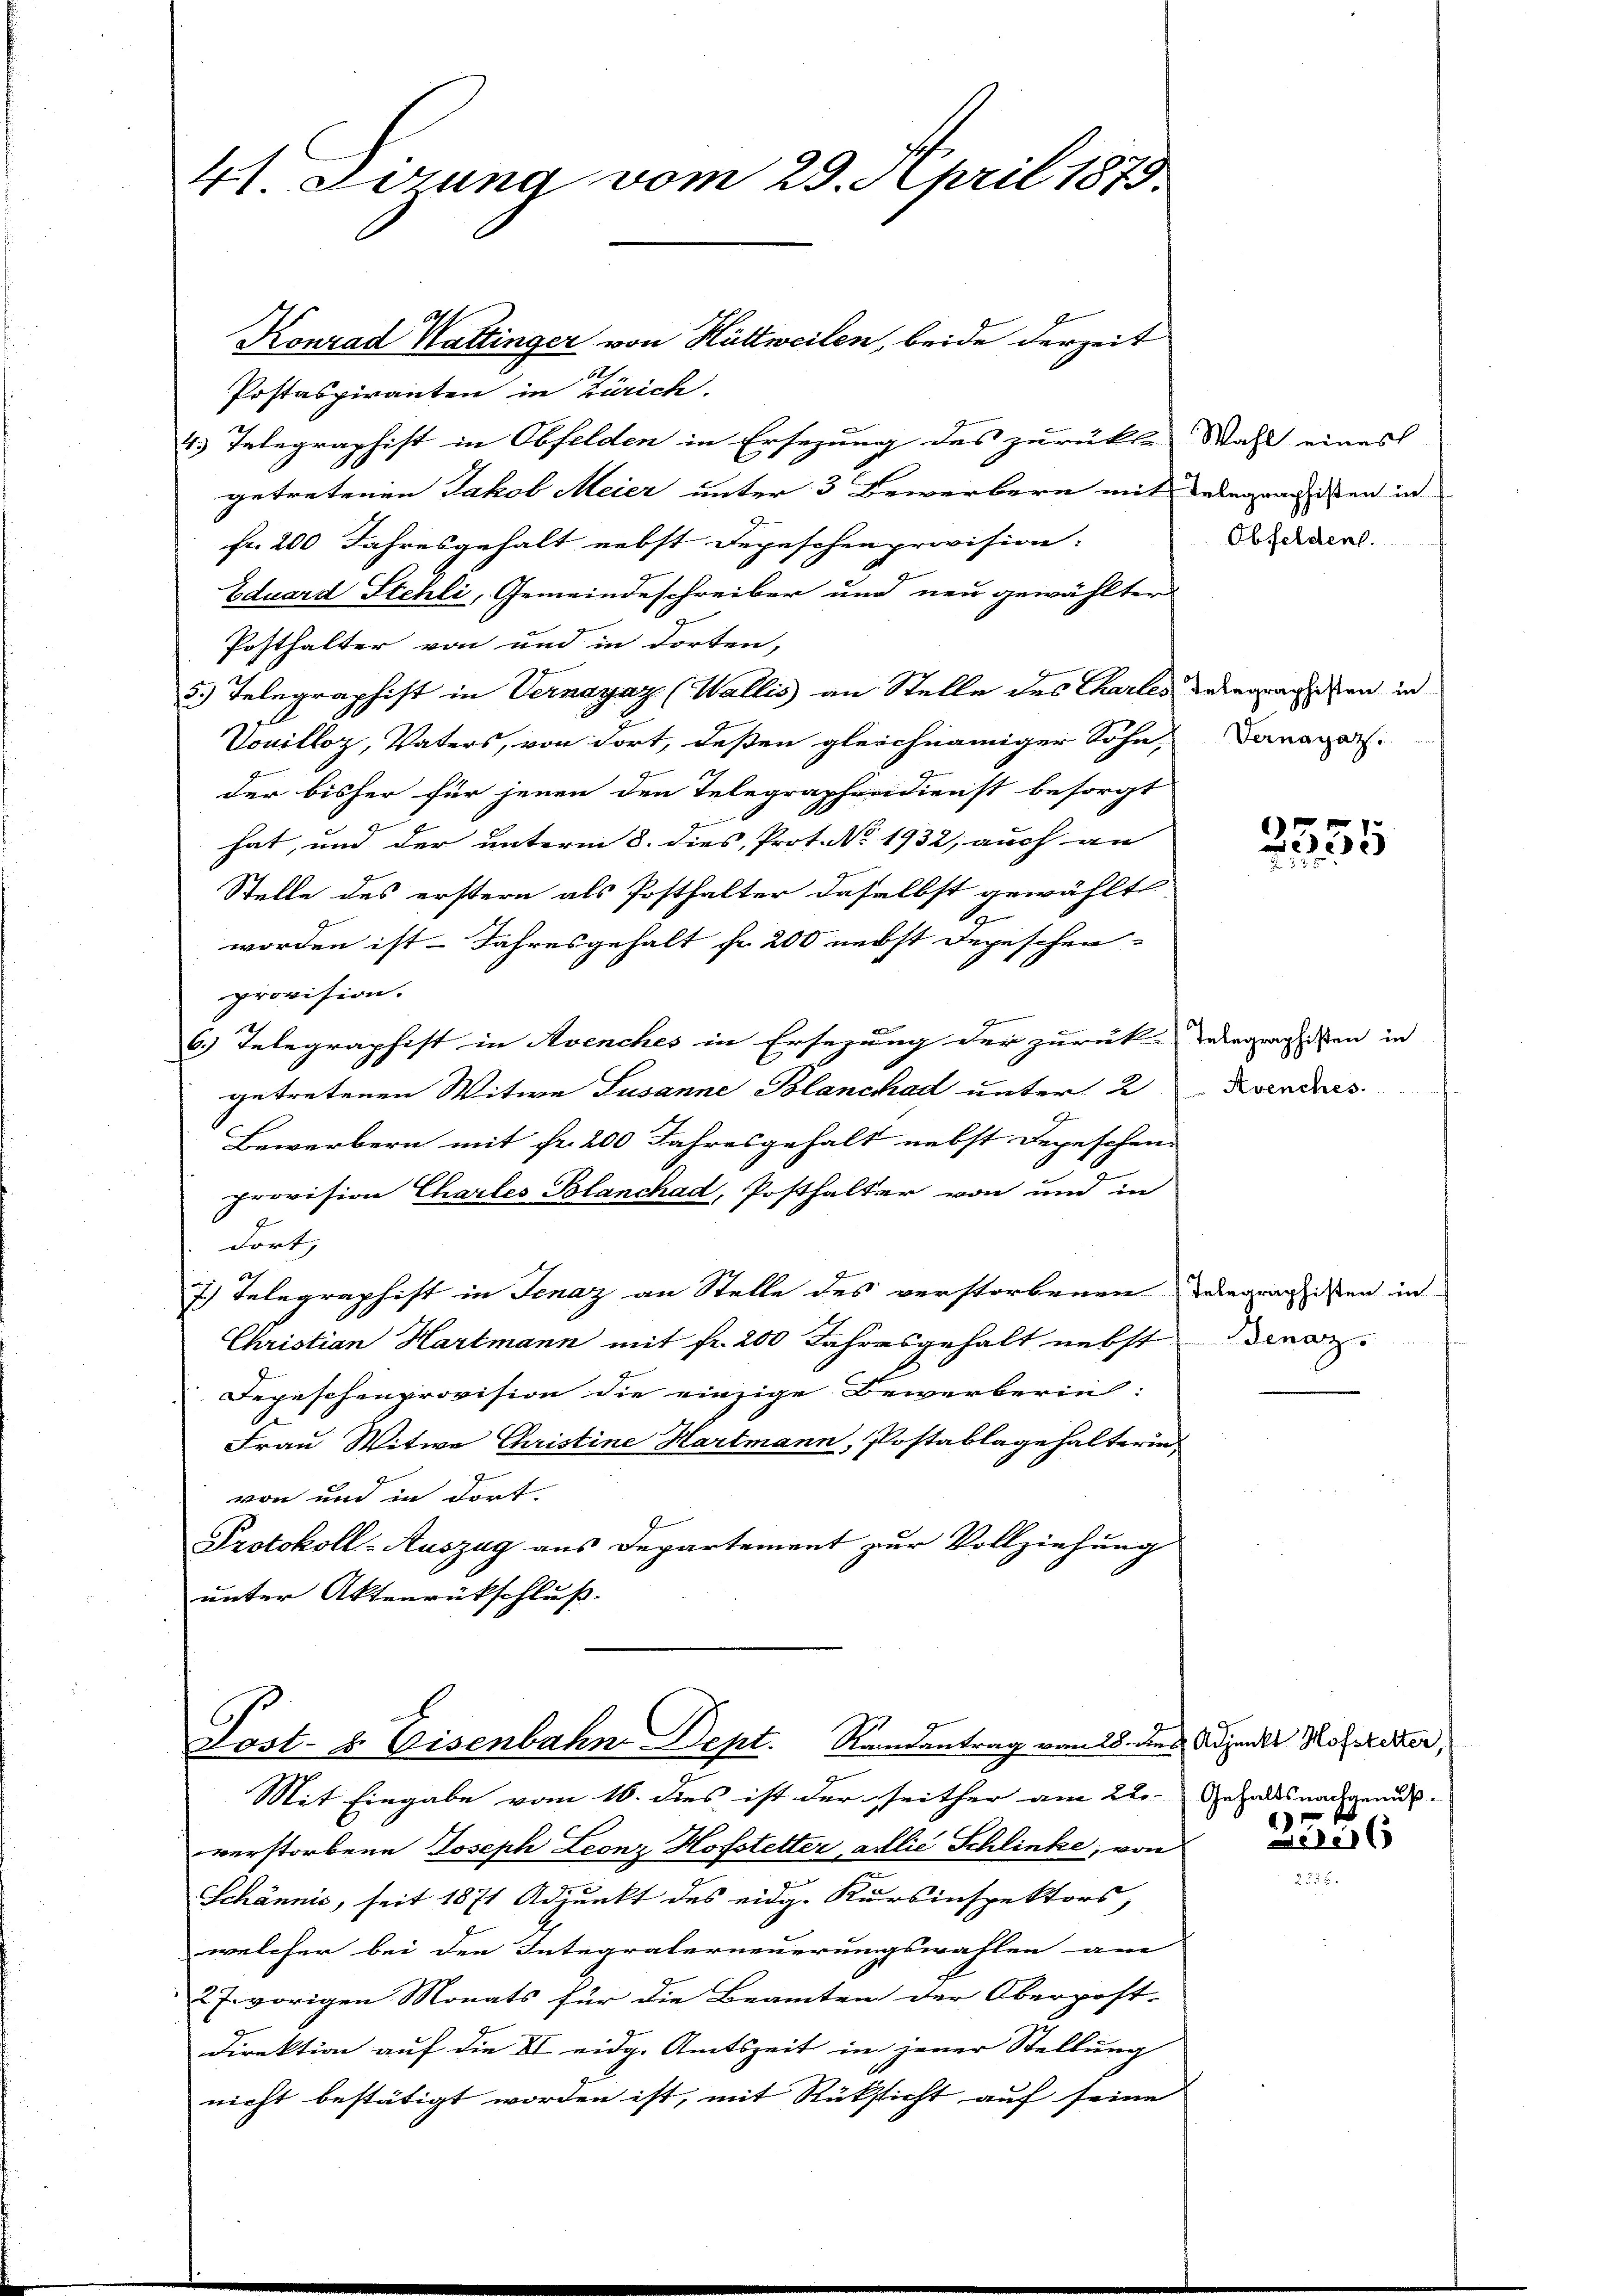
41 Lirung vom 29. April 1879.

Konrad Wattinger von Hüttweilen, beide derzeit
Postaspiranten in Zürich.
4. Telegraphist in Obfelden in Ersezung des zurücke Wahl eines
getretenen Jakob Meier unter 3 Bewerbern mit delegenden in
fr. 200 Jahresgehalt nebst Depeschenprovision.
Eduard Stehli, Gemeindeschreiber und neu gewählter
Posthalter von und in dorten,
5.) Telegraphist in Vernayaz (Wallis an Stelle des Chartes dereggehen in
Vouilloz, Vaters, von dort, deßen gleichnamiger Söhn
der bisher für jenen den Telegraphendienst besorgt
hat, und der unterm 8. dies, Prot. No. 1932; auch an
Stelle des erstern als Posthalter daselbst gewählt
worden ist. Jahresgehalt fr. 200 nebst Depeschen-
provision.
6.) Telegraphist in Avenches in Ersezung der zurück. Wegregisten in
getretenen Witwe Susanne Blanckad unter 2
Bewerbern mit fr. 200 Jahresgehalt nebst Depeschen
Provision Chartes Blanchad, Posthalter von und in
dort,
7.) Telegraphist in Jenaz an Stelle des verstorbenen Telegraphisten in
Christian Hartmann mit fr. 200 Jahresgehalt nebst
Depeschenprovision die einzige Bewerberin
Frau Witwe Christine Hartmann, Postablage halterin
von und in dort.
Protokoll-Auszug aus Departement zur Vollziehung
unter Aktenrückschluß.

Post- u. Eisenbahn Dept. Randantrag vom 25. des Adjunkt Hoferner,

verstorbene Joseph Leonz Hofstetter ablie Schlinke, von
Schännis, seit 1871 Adjunkt des eidg. Kursinspektors,
welcher bei den Integralerneuerungswahlen am
2 J. vorigen Monats für die Beamten der Oberpost-
Direktion auf die VI eidg. Amtszeit in jener Stellung
nicht bestätigt worden ist, mit Rüksicht auf seine

Mit Eingabe vom 16. dies ist der seither am 22. Gehalts nachgenus

Obfeldent.

Vernagaz.

2555

Avenches.

Denaz

2556